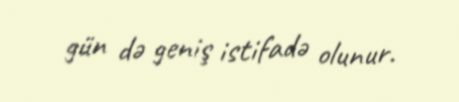
gün də geniş istifadə olunur.